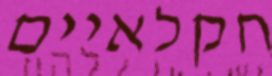
חקלאיים